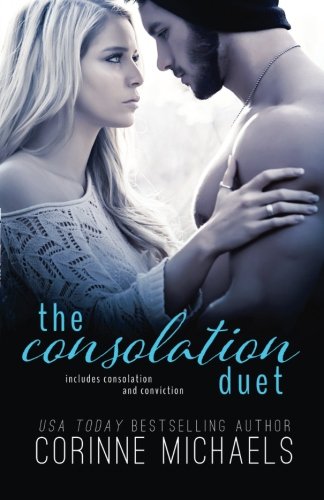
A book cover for The Consolation Duet; Corinne Michaels; Romance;